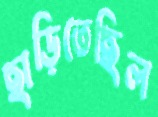
ছাড়িতেছিল